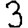
Digit: 3